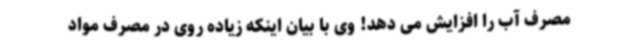
مصرف آب را افزایش می دهد! وی با بیان اینکه زیاده روی در مصرف مواد